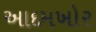
આદમખોર